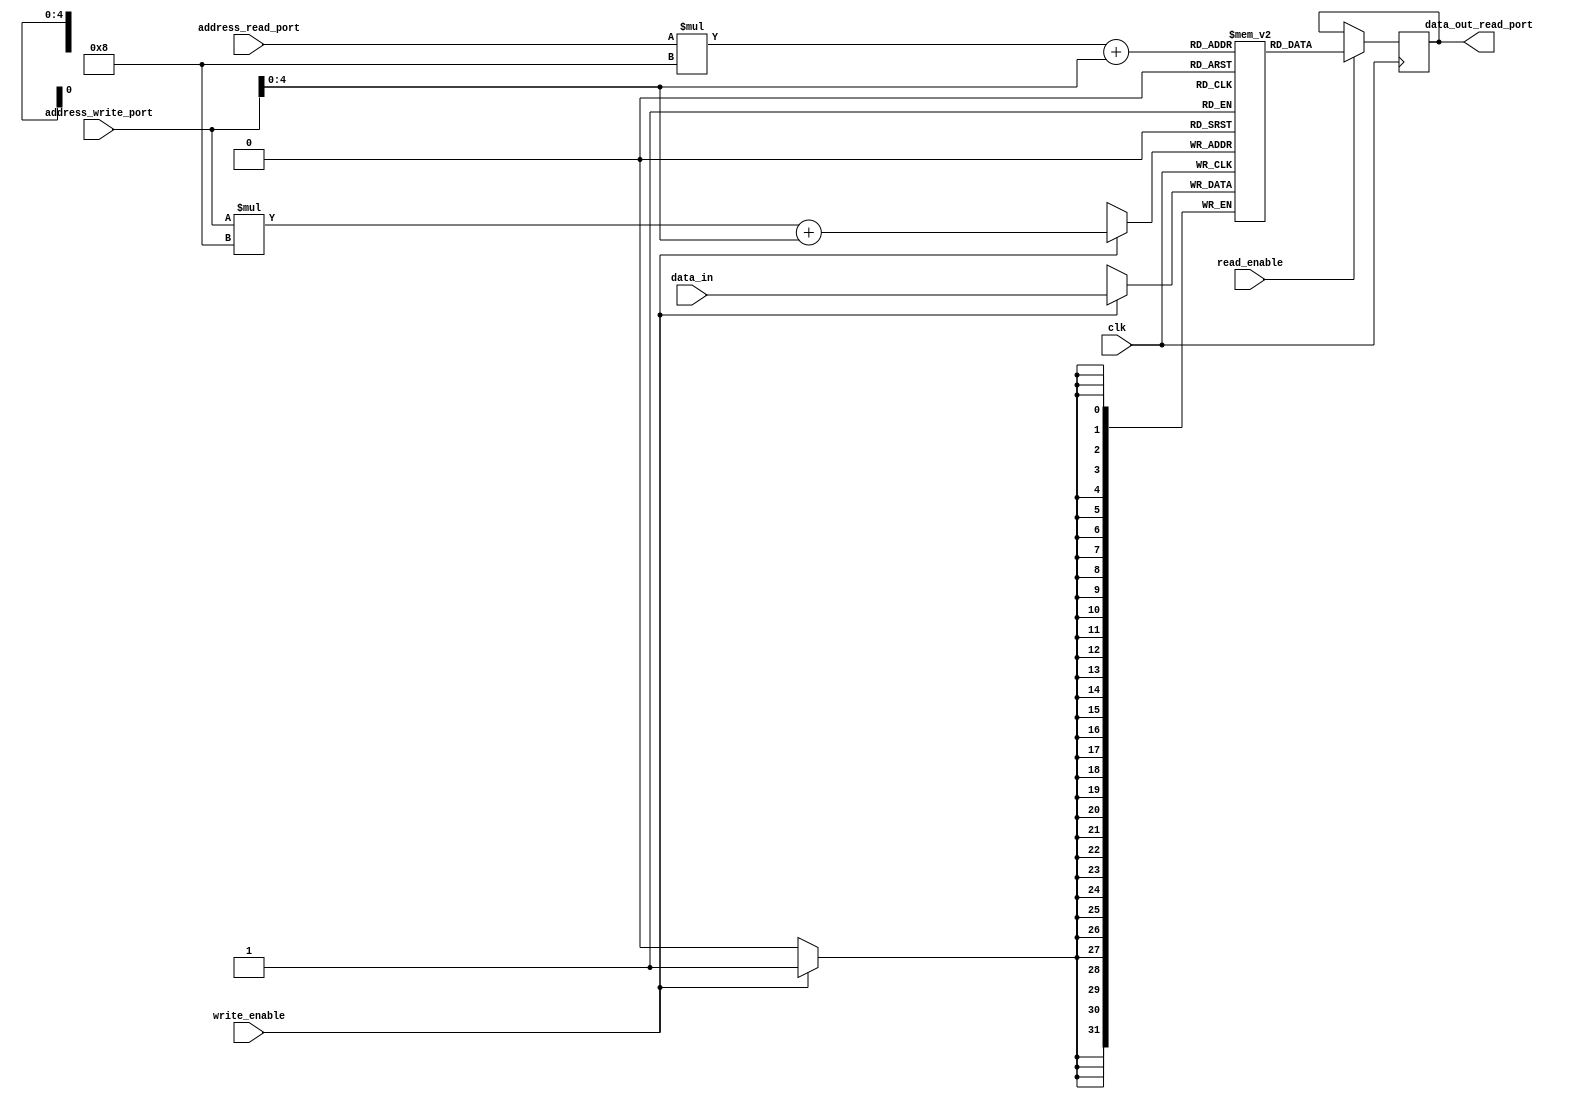
module dual_port_register_file (
    input wire clk,
    input wire [m-1:0] address_read_port,
    input wire [n-1:0] address_write_port,
    input wire [width-1:0] data_in,
    input wire read_enable,
    input wire write_enable,
    output reg [width-1:0] data_out_read_port
);

parameter m = 4; // number of memory blocks
parameter n = 8; // number of locations within each memory block
parameter width = 32; // width of each memory location in bits

reg [width-1:0] mem [m-1:0][n-1:0];

always @ (posedge clk) begin
    if (read_enable) begin
        data_out_read_port <= mem[address_read_port][address_write_port];
    end
    
    if (write_enable) begin
        mem[address_write_port][address_write_port] <= data_in;
    end
end

endmodule